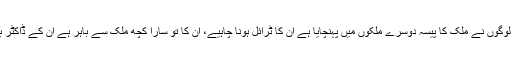
اب حل یہ ہی ہے کہ جتنے بھی لوگوں نے ملک کا پیسہ دوسرے ملکوں میں پہنچایا ہے ان کا ٹرائل ہونا چاہیے، ان کا تو سارا کچھ ملک سے باہر ہے ان کے ڈاکٹر بھی باہر ہیں اثاثے بھی باہر ہیں۔